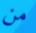
من